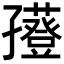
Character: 𡦮